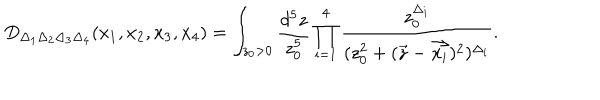
D _ { \Delta _ { 1 } \Delta _ { 2 } \Delta _ { 3 } \Delta _ { 4 } } ( x _ { 1 } , x _ { 2 } , x _ { 3 } , x _ { 4 } ) = \int _ { z _ { 0 } > 0 } \frac { d ^ { 5 } z } { z _ { 0 } ^ { 5 } } \prod _ { i = 1 } ^ { 4 } \frac { z _ { 0 } ^ { \Delta _ { i } } } { ( z _ { 0 } ^ { 2 } + ( \vec { z } - \vec { x _ { i } } ) ^ { 2 } ) ^ { \Delta _ { i } } } .